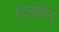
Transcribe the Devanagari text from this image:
स्टर्नहेगेन